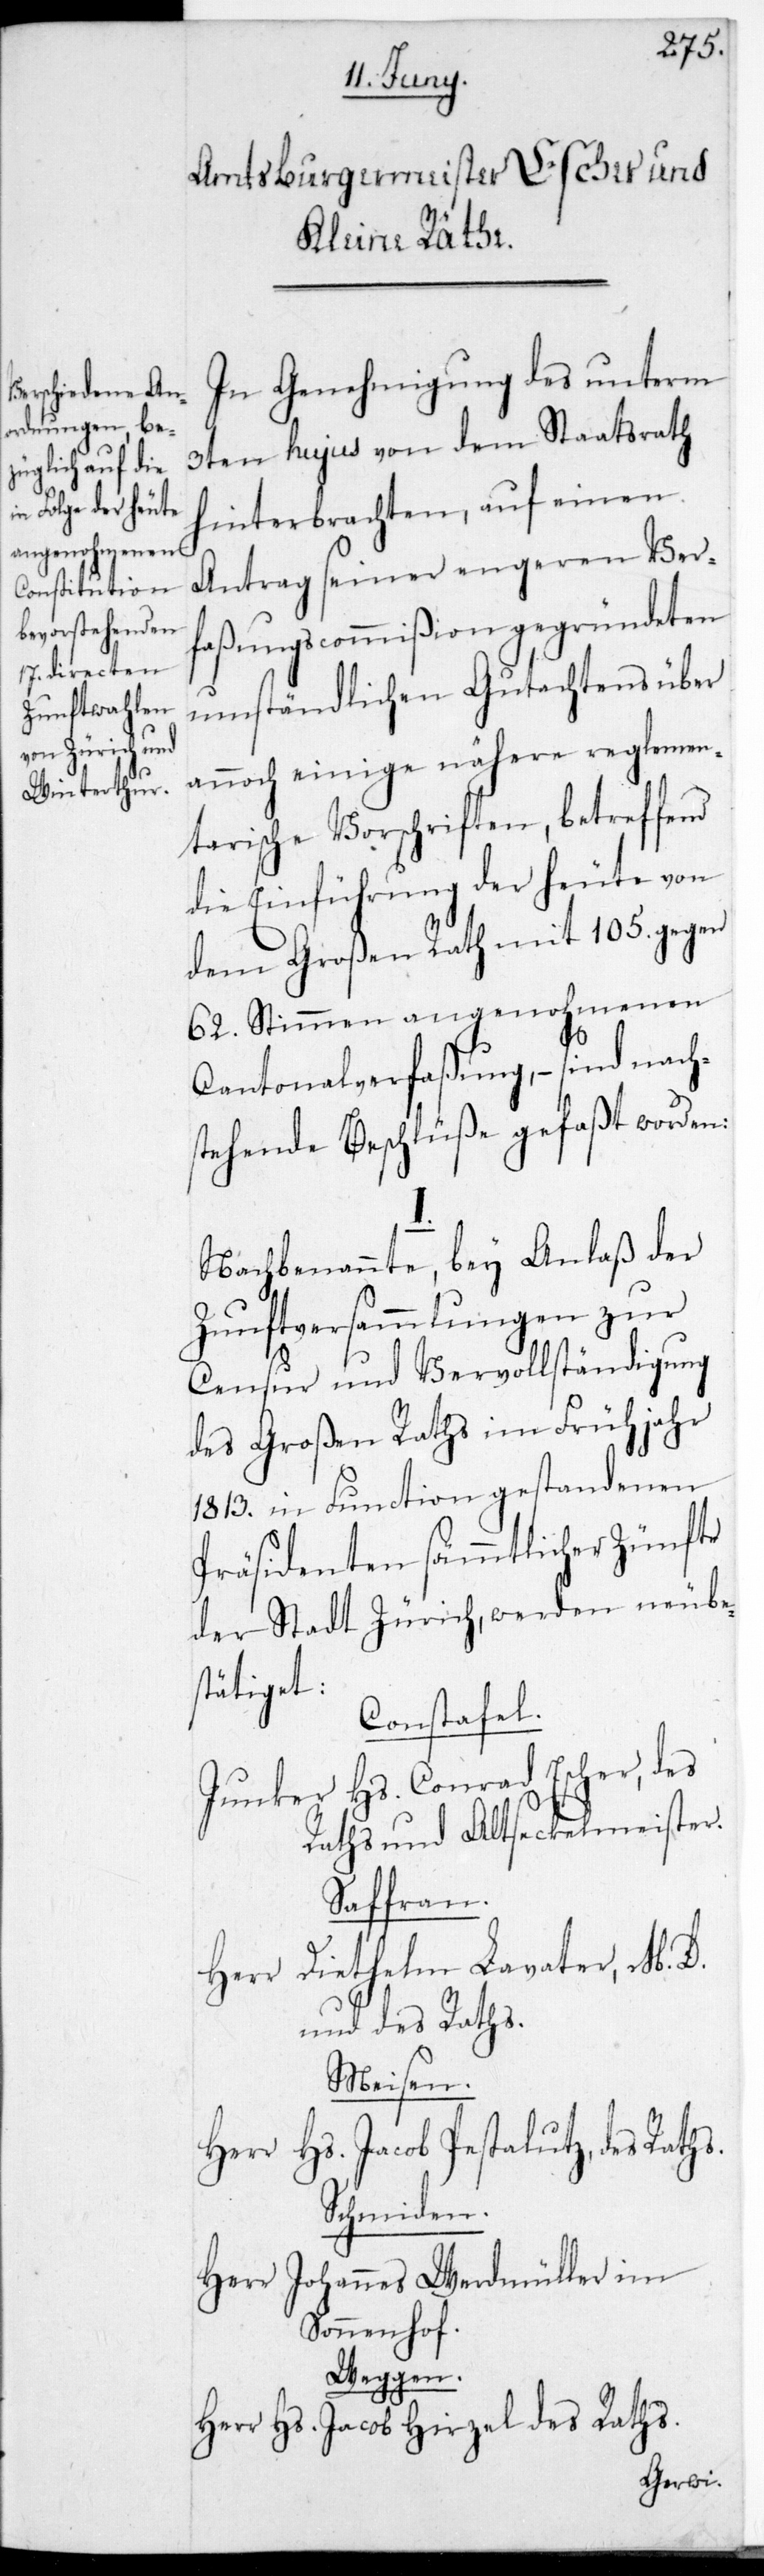
In Genehmigung des unterm
3ten hujus von dem Staatsrath
hinterbrachten, auf einen
Antrag seiner engeren Ver¬
faßungscommißion gegründeten
umständlichen Gutachtens, über
annoch einige nähere reglemen¬
tarische Vorschriften, betreffend
die Einführung der heute von
dem Großen Rath mit 105. gegen
62. Stimmen angenohmenen
Cantonalverfaßung, – sind nach¬
stehende Beschlüße gefaßt worden:
Nachbenannte, bey Anlaß der
Zunftversammlungen zur
Censur und Vervollständigung
des Großen Raths im Frühjahr
1813. in Function gestandenen
Präsidenten sämmtlicher Zünfte
der Stadt Zürich, werden neu be¬
stätiget:
Constafel.
Junker Hs. Conrad Escher, des
Raths und Altseckelmeister;
Saffran.
Diethelm Lavater, M. D.
Herr
und des Raths.
Meisen.
Herr Hs. Jacob Pestaluz, des Raths.
Schmiden.
Herr Johannes Werdmüller im
Sonnenhof.
Weggen.
Herr Hs. Jacob Hirzel, des Raths.